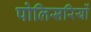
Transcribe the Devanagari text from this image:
पोलिसरियों